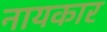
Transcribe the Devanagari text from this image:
नायकार